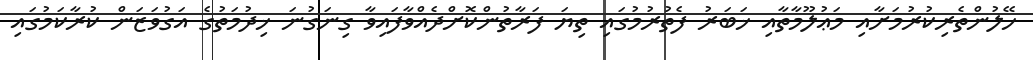
ހޭލުންތެރިކުރުމަށާއި މަޢުލޫމާތާއި ޚަބަރު ފެތުރުމުގައި ތިޔަ ފަރާތުންކޮށްދެއްވާފައިވާ ގިނަގުނަ ޚިދުމަތުގެ އަގުވަޒަން ކުރާކަމުގައި